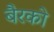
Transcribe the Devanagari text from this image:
बैरको